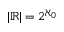
| \mathbb { R } | = 2 ^ { \aleph _ { 0 } }